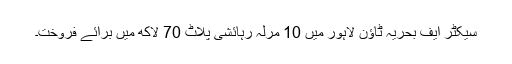
سیکٹر ایف بحریہ ٹاؤن لاہور میں 10 مرلہ رہائشی پلاٹ 70 لاکھ میں برائے فروخت۔